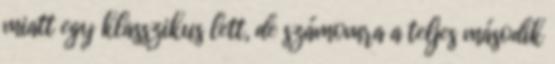
miatt egy klasszikus lett, de számomra a teljes második